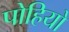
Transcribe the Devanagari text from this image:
पोहियो